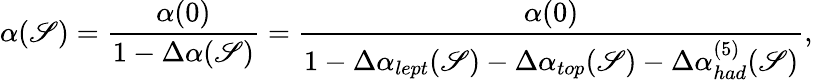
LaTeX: \alpha(\mathscr{S})=\frac{{\alpha(0)}}{{1-\Delta\alpha(\mathscr{S})}}=\frac{{\alpha(0)}}{{1-\Delta\alpha_{lept}(\mathscr{S})-\Delta\alpha_{top}(\mathscr{S})-\Delta\alpha_{had}^{(5)}(\mathscr{S})}},